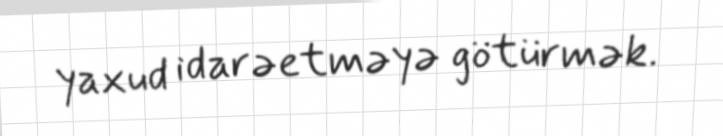
yaxud idarəetməyə götürmək.